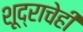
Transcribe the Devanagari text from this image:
शूद्राचेही